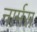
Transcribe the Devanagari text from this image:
नार्मस